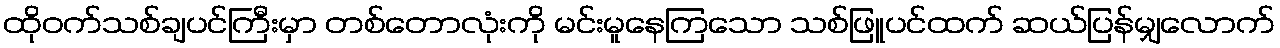
ထိုဝက်သစ်ချပင်ကြီးမှာ တစ်တောလုံးကို မင်းမူနေကြသော သစ်ဖြူပင်ထက် ဆယ်ပြန်မျှလောက်